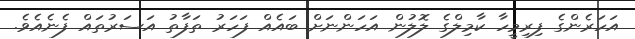
އަހަރެންގެ ފިރިމީހާ ކާމިލްގެ ލޮލުން އަހަންނަށް ބައެއް ފަހަރު ތަފާތު އަސަރުތައް ފެނެއެވެ.